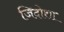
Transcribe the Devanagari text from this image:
जिदोशा